Indian journal of veterinary science and animal husbandry - Volume 4,
Year: 1934
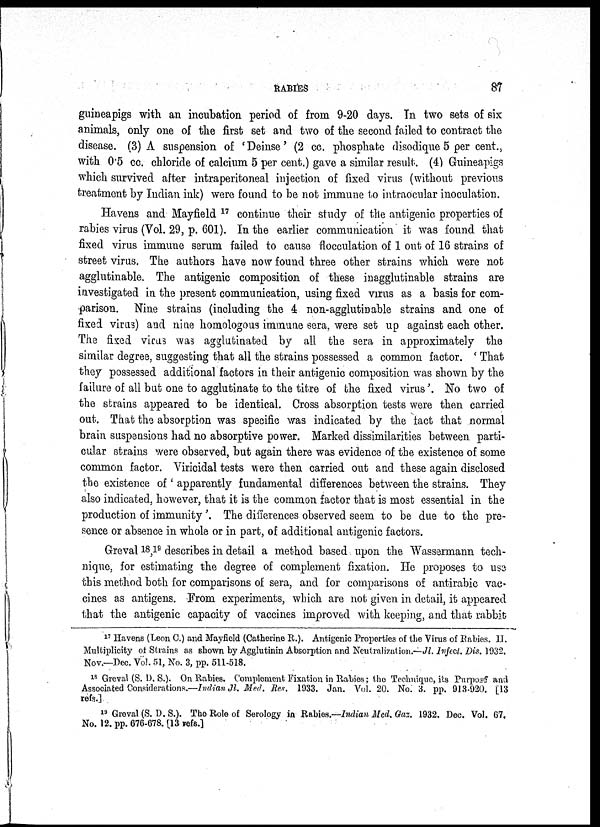
RABIES
87
guineapigs with an incubation period of from 9-20 days. In two sets of six
animals, only one of the first set and two of the second failed to contract the
disease. (3) A suspension of 'Deinse' (2 cc. phosphate disodique 5 per cent.,
with 0.5 cc. chloride of calcium 5 per cent.) gave a similar result. (4) Guineapigs
which survived after intraperitoneal injection of fixed virus (without previous
treatment by Indian ink) were found to be not immune to intraocular inoculation.
Havens and Mayfield 17 continue their study of the antigenic properties of
rabies virus (Vol, 29, p. 601). In the earlier communication it was found that
fixed virus immune serum failed to cause flocculation of 1 out of 16 strains of
street virus. The authors have now found three other strains which were not
agglutinable. The antigenic composition of these inagglutinable strains are
investigated in the present communication, using fixed virus as a basis for com-
parison. Nine strains (including the 4 non-agglutinable strains and one of
fixed virus) and nine homologous immune sera, were set up against each other.
The fixed virus was agglutinated by all the sera in approximately the
similar degree, suggesting that all the strains possessed a common factor. ' That
they possessed additional factors in their antigenic composition was shown by the
failure of all but one to agglutinate to the titre of the fixed virus'. No two of
the strains appeared to be identical. Cross absorption tests were then carried
out. That the absorption was specific was indicated by the fact that normal
brain suspensions had no absorptive power. Marked dissimilarities between parti-
cular strains were observed, but again there was evidence of the existence of some
common factor. Viricidal tests were then carried out and these again disclosed
the existence of ' apparently fundamental differences between the strains. They
also indicated, however, that it is the common factor that is most essential in the
production of immunity . The differences observed seem to be due to the pre-
sence or absence in whole or in part, of additional antigenic factors.
Greval 18,1 9 describes in detail a method based upon the Wassermann tech-
nique, for estimating the degree of complement fixation. He proposes to use
this method both for comparisons of sera, and for comparisons of antirabic vac¬
cines as antigens. From experiments, which are not given in detail, it appeared
that the antigenic capacity of vaccines improved with keeping, and that rabbit
17 Havens (Leon C.) and Mayfield (Catherine R.). Antigenic Properties of the Virus of Rabies. II.
Multiplicity of Strains as shown by Agglutinin Absorption and Neutralization.—JL Infect. Dis. 1932.
Nov.—Dec. Vol. 51, No. 3, pp. 511-518.
18 Greval (S. D. S.). On Rabies. Complement Fixation in Rabies; the Technique, its Purpose and
Associated Considerations.—Indian Jl. Med. Res. 1933. Jan. Vol. 20. No; 3. pp. 913-920. [13
refs.]
19 Greval (S.D.S.). The Role of Serology in Rabies.—Indian Med. Gaz. 1932. Dec. Vol. 67,
No. 12. pp. 676-678. [13 refs.]